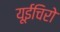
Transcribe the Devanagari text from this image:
यूईचिरो